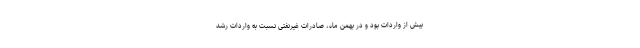
بیش از واردات بود و در بهمن ماه، صادرات غیرنفتی نسبت به واردات رشد